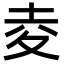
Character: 夌